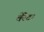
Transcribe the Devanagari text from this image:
बेरेटा